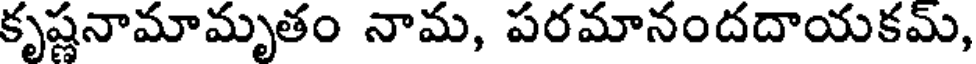
కృష్ణనామామృతం నామ, పరమానందదాయకమ్,